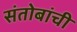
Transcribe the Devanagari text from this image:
संतोबांची